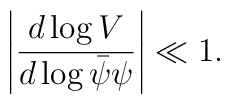
\left|\frac{d\log V}{d\log \bar{\psi}\psi}\right|\ll 1.